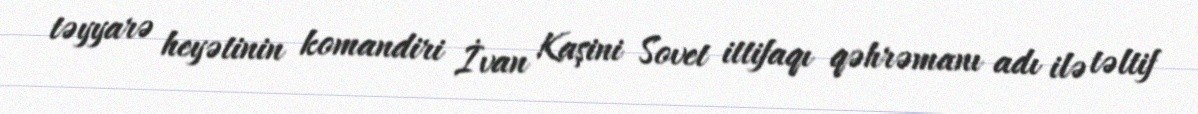
təyyarə heyətinin komandiri İvan Kaşini Sovet ittifaqı qəhrəmanı adı ilə təltif